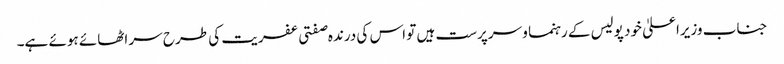
جناب وزیراعلیٰ خود پولیس کے رہنما و سرپرست ہیں تو اس کی درندہ صفتی عفریت کی طرح سر اٹھائے ہوئے ہے۔